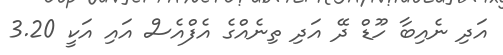
އަދި ނެއިބާ ހޫޑް ދޭ އަދި ތިނެއްގެ އެފްއެސް އައި އަކީ 3.20